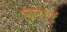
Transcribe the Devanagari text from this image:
खराटॅ